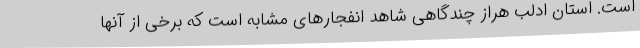
است. استان ادلب هراز چندگاهی شاهد انفجارهای مشابه است که برخی از آنها